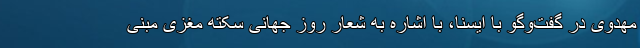
مهدوی در گفت‌وگو با ایسنا، با اشاره به شعار روز جهانی سکته مغزی مبنی